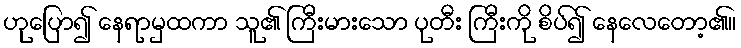
ဟုပြော၍ နေရာမှထကာ သူ၏ ကြီးမားသော ပုတီး ကြီးကို စိပ်၍ နေလေတော့၏။